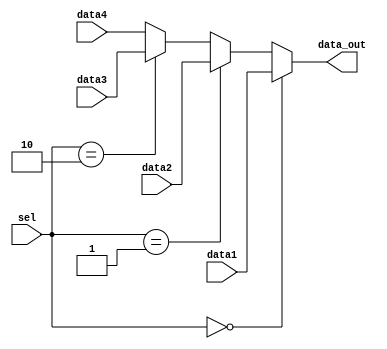
module mux4x1(data1, data2, data3, data4, sel, data_out);

input [31:0] data1, data2, data3, data4;
input [1:0] sel;
output [31:0] data_out;

reg [31:0] data_out;

always @(data1, data2, sel)
begin
	if(sel == 0)
		data_out = data1;
	else if (sel == 1)
        data_out = data2;
    else if (sel == 2)
        data_out = data3;
    else
		data_out = data4;
	end
endmodule